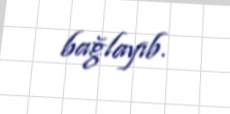
bağlayıb.